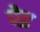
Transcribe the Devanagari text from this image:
वेइ